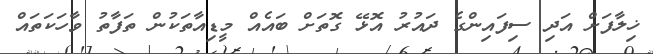
ޚިލާފަށް އަދި ސިފައިންގެ ދައުރު އޮޅޭ ގޮތަށް ބައެއް މީޑިއާތަކުން ތަފާތު ވާހަކަތައް